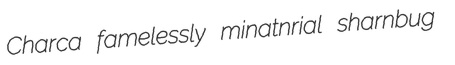
Charca famelessly minatnrial sharnbug